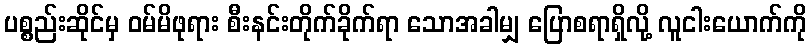
ပစ္စည်းဆိုင်မှ ဝမ်မိဖုရား စီးနင်းတိုက်ခိုက်ရာ သောအခါမျှ ပြောစရာရှိလို့ လူငါးယောက်ကို